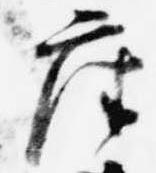
座